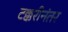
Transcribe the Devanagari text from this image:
टक्करीनंतर